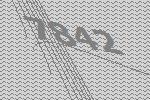
7842